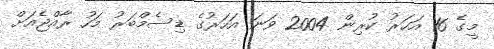
މީގެ 16 އަހަރު ކުރިން 2004 ވަނަ އަހަރުގެ ޑިސެމްބަރު މަހު ރާއްޖެއަށް